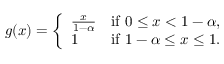
g ( x ) = { \left\{ \begin{array} { l l } { { \frac { x } { 1 - \alpha } } } & { { \mathrm { i f ~ } } 0 \leq x < 1 - \alpha , } \\ { 1 } & { { \mathrm { i f ~ } } 1 - \alpha \leq x \leq 1 . } \end{array} \right. } \quad